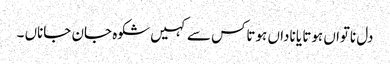
دل ناتواں ہوتا یا ناداں ہوتاکس سے کہیں شکوہ جان جاناں ۔